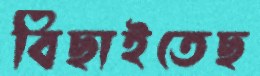
বিছাইতেছ